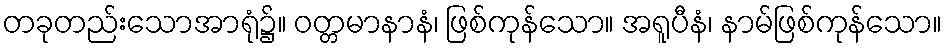
တခုတည်းသောအာရုံ၌။ ဝတ္တမာနာနံ၊ ဖြစ်ကုန်သော။ အရူပီနံ၊ နာမ်ဖြစ်ကုန်သော။